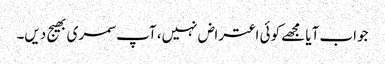
جواب آیا مجھے کوئی اعتراض نہیں، آپ سمری بھیج دیں۔